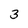
Character: 3